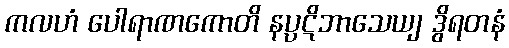
ကလဟံ ပေါရာဏကောတိ နပ္ပဋိဘာသေယျ ဒွိရတနံ